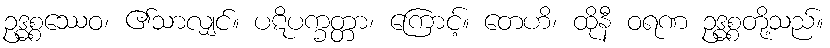
ဥဒ္ဓစ္စဿေဝ၊ ၏သာလျှင်။ ပဋိပက္ခတ္တာ၊ ကြောင့်။ တေဟိ၊ ထိုနီ ဝရဏ ဥဒ္ဓစ္စတို့သည်။